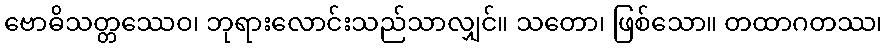
ဗောဓိသတ္တဿေဝ၊ ဘုရားလောင်းသည်သာလျှင်။ သတော၊ ဖြစ်သော။ တထာဂတဿ၊